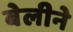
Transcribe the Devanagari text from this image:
बेलीने